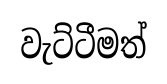
වැට්ටීමත්